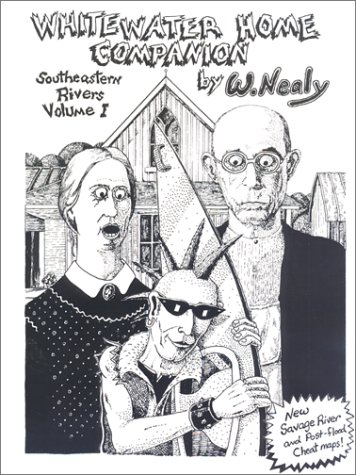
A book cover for Whitewater Home Companion: Southeastern Rivers Volume 1; William Nealy; Travel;